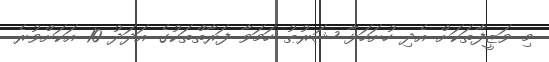
މި ވަޒީފާތަކަށް އެދި ހުށަހަޅާ ޝަރުޠު ހަމަވާ ފަރާތްތަކުގެ އަދަދު 10 އަކަށްވުރެ